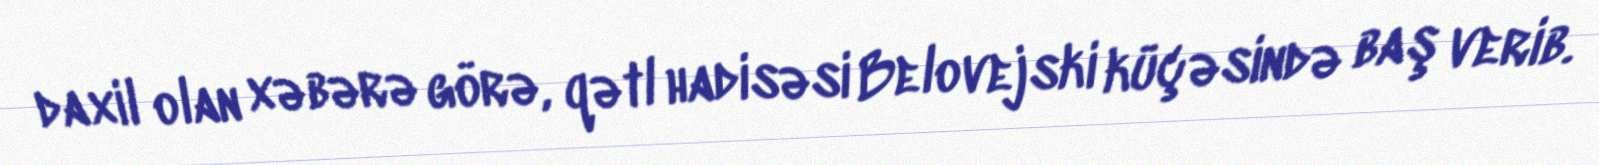
daxil olan xəbərə görə, qətl hadisəsi Belovejski küçəsində baş verib.